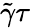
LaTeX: \tilde{\gamma}\tau